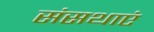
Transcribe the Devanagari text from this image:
संसथाएं